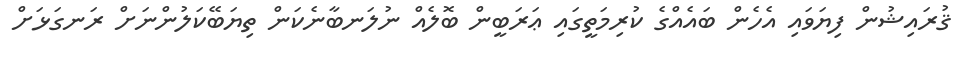
ޤުރައިޝުން ފިޔަވައި އެހެން ބައެއްގެ ކުރިމަތީގައި ޢަރަބީން ބޮލެއް ނުލަނބާނެކަން ތިޔަބޭކަލުންނަށް ރަނގަޅަށް